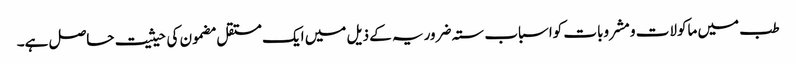
طب میں ماکولات و مشروبات کواسباب ستہ ضروریہ کے ذیل میں ایک مستقل مضمون کی حیثیت حاصل ہے۔